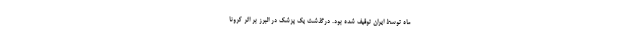
ماه توسط ایران توقیف شده بود. درگذشت یک پزشک در البرز بر اثر کرونا